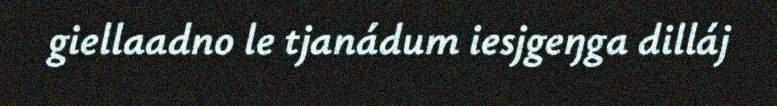
giellaadno le tjanádum iesjgeŋga dilláj